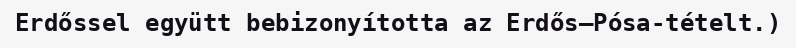
Erdőssel együtt bebizonyította az Erdős–Pósa-tételt.)